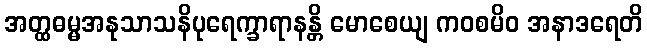
အတ္ထဓမ္မအနုသာသနိပုရေက္ခာရာနန္တိ မောစေယျ ကဝစမိဝ အနာဒရေတိ